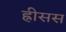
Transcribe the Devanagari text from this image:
ह्रीसस